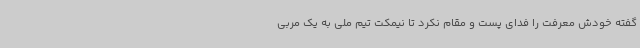
گفته خودش معرفت را فدای پست و مقام نکرد تا نیمکت تیم ملی به یک مربی